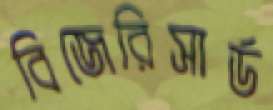
বিজেরিসার্ড